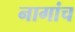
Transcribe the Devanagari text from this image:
नागांच